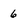
Character: 6